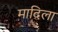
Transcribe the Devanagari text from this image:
मादिला